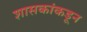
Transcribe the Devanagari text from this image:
शासकांकडून